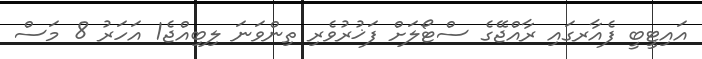
އައިޓީބީ ފެއާރގައި ރާއްޖޭގެ ސްޓޯލަށް ފަޚުރުވެރި ތިންވަނަ ލިބިއްޖެ1 އަހަރު 8 މަސް